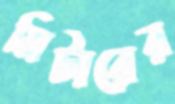
মিটারের